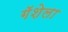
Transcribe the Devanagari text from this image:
गॅशेला